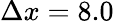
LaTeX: \Delta x=8.0